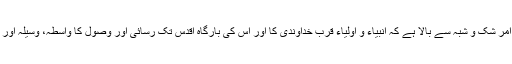
الغرض یہ امر شک و شبہ سے بالا ہے کہ انبیاء و اولیاء قربِ خداوندی کا اور اس کی بارگاهِ اقدس تک رسائی اور وصول کا واسطہ، وسیلہ اور ذریعہ ہیں۔